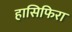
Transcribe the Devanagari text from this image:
हासिफिरा